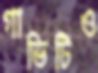
গাভিটিও